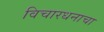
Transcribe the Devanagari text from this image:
विचारधनाचा